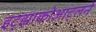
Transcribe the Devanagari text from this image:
इट्झाकोआट्लने